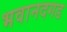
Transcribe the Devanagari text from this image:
भवानदगड